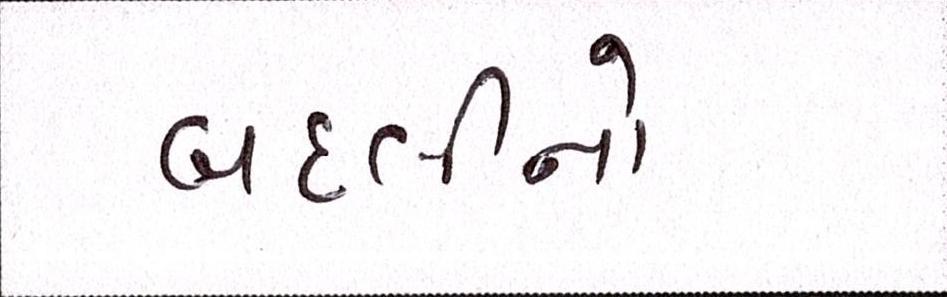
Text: બદલીનો